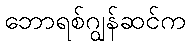
ဘောရစ်ဂျွန်ဆင်က